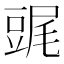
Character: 䜸